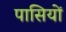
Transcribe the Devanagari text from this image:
पासियों